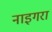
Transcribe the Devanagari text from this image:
नाइगरा